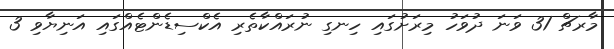
މާރޗް 31 ވަނަ ދުވަހު މިރަށުގައި ހިނގި ނުރައްކާތެރި އެކްސިޑެންޓެއްގައި އަނިޔާވި 3